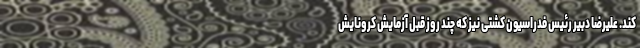
کند. علیرضا دبیر رئیس فدراسیون کشتی نیز که چند روز قبل آزمایش کرونایش